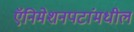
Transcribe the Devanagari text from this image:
ऍनिमेशनपटांमधील